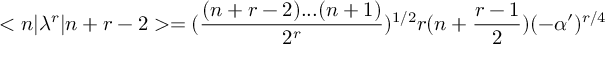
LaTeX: < n | \lambda ^ { r } | n + r - 2 > = ( \frac { ( n + r - 2 ) . . . ( n + 1 ) } { 2 ^ { r } } ) ^ { 1 / 2 } r ( n + \frac { r - 1 } { 2 } ) ( - \alpha ^ { \prime } ) ^ { r / 4 }